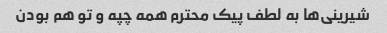
شیرینی‌ها به لطف پیک محترم همه چپه و تو هم بودن